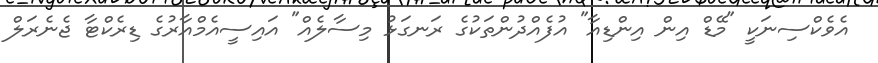
އެވެކްސިނަކީ "މޭޑް އިން އިންޑިއާ" އުފެއްދުންތަކުގެ ރަނގަޅު މިސާލެއް" އައިސީއެމްއާރުގެ ޑިރެކްޓާ ޖެނެރަލް